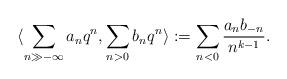
LaTeX: \begin{align*}\langle \sum_{n\gg -\infty} a_{n}q^{n}, \sum_{n>0} b_{n}q^{n}\rangle:=\displaystyle\sum_{n < 0} \dfrac{a_{n}b_{-n}}{n^{k-1}}.\end{align*}